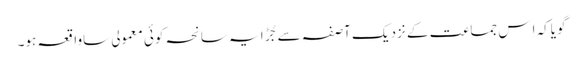
گویاکہ اِس جماعت کے نزدیک آصفہ سے جُڑا یہ سانحہ کوئی معمولی ساواقعہ ہو۔